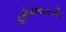
હસીમજાકની